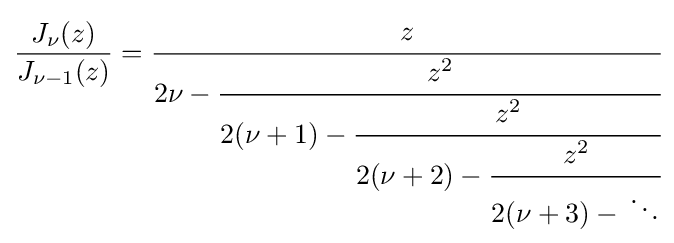
{\frac {J_{\nu }(z)}{J_{\nu -1}(z)}}={\cfrac {z}{2\nu -{\cfrac {z^{2}}{2(\nu +1)-{\cfrac {z^{2}}{2(\nu +2)-{\cfrac {z^{2}}{2(\nu +3)-{}\ddots }}}}}}}}